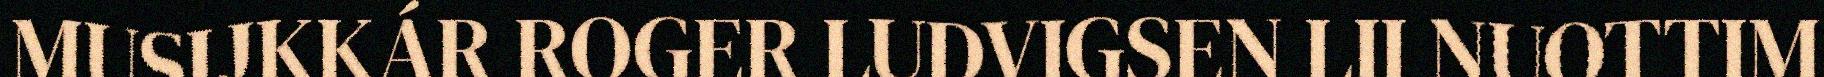
MUSIJKKÁR ROGER LUDVIGSEN LII NUOTTIM